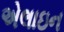
એલાઇન